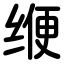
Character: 缏